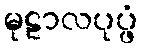
မုဠာလပုပ္ဖံ